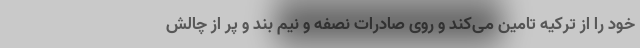
خود را از ترکیه تامین می‌کند و روی صادرات نصفه و نیم بند و پر از چالش